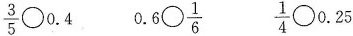
\frac{3}{5}\bigcirc0.4 0. 6\bigcirc\frac{1}{6} \frac{1}{4}\bigcirc 0.25